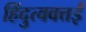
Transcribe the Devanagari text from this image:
हिंदुत्ववत्तई